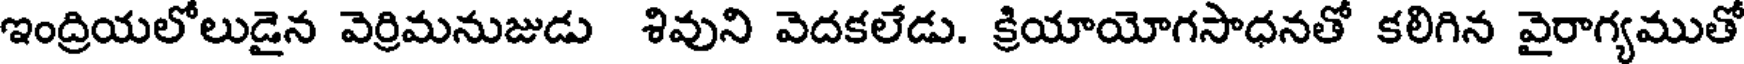
ఇంద్రియలోలుడైన వెర్రిమనుజుడు శివుని వెదకలేడు. క్రియాయోగసాధనతో కలిగిన వైరాగ్యముతో